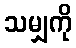
သမျှကို